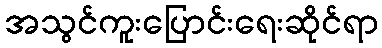
အသွင်ကူးပြောင်းရေးဆိုင်ရာ